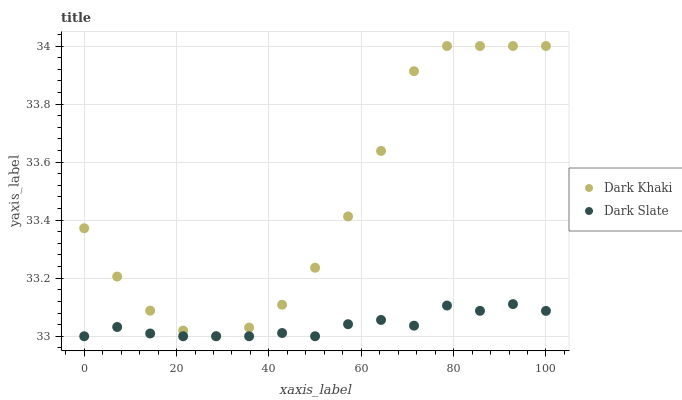
| xaxis_label | Dark Khaki | Dark Slate |
 | --- | --- | --- |
 | 0 | 33.4 | 33 |
 | 7.14 | 33.2 | 33 |
 | 14.3 | 33.1 | 33 |
 | 21.4 | 33 | 33 |
 | 28.6 | 33 | 33 |
 | 35.7 | 33 | 33 |
 | 42.9 | 33.1 | 33 |
 | 50 | 33.2 | 33 |
 | 57.1 | 33.4 | 33 |
 | 64.3 | 33.6 | 33.1 |
 | 71.4 | 33.9 | 33 |
 | 78.6 | 34 | 33.1 |
 | 85.7 | 34 | 33.1 |
 | 92.9 | 34 | 33.1 |
 | 100 | 34 | 33.1 |